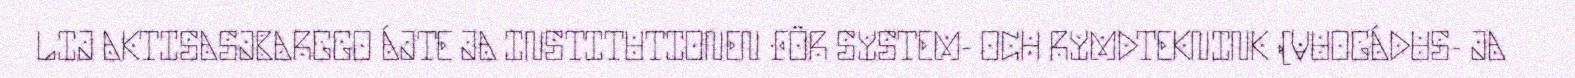
LIJ AKTISASJBARGGO ÁJTE JA INSTITUTIONEN FÖR SYSTEM- OCH RYMDTEKNINK (VUOGÁDUS- JA